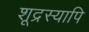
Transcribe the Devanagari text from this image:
शूद्रस्यापि